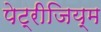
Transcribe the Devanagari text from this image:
पेट्रीजिय्म